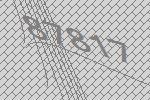
87817